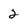
Character: 2